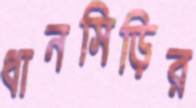
ধানসিড়ির